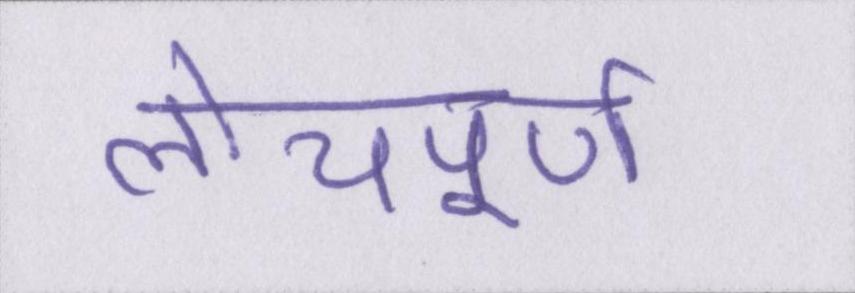
लोचपूर्ण